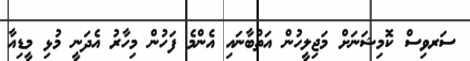
ސަރވިސް ކޮމިޝަނަށް މަޖިލީހުން އަތްބާނައި އެންމެ ފަހުން މިހާރު އެދަނީ މުޅި މީޑިއާ